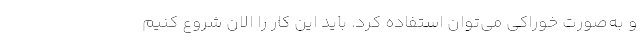
و به‌صورت خوراکی می‌توان استفاده کرد. باید این کار را الان شروع کنیم